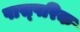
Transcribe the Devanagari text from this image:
पास्‍परिक